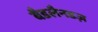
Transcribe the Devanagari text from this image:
बैडलैनडज़